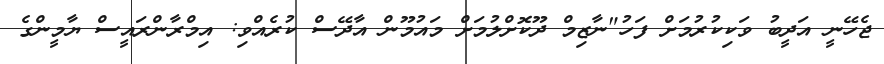
ޖެހޭނީ އަދީބު ވަކިކުރުމަށް ފަހު"ނާޒިމް ދޫކޮށްލުމަށް މައުމޫން އާދޭސް ކުރެއްވި: އިމްރާންރައީސް ޔާމީންގެ